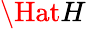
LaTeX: \Hat{H}